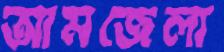
আমজেলা